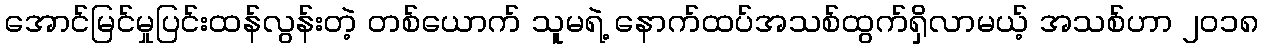
အောင်မြင်မှုပြင်းထန်လွန်းတဲ့ တစ်ယောက် သူမရဲ့ နောက်ထပ်အသစ်ထွက်ရှိလာမယ့် အသစ်ဟာ ၂၀၁၈